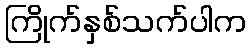
ကြိုက်နှစ်သက်ပါက